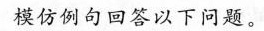
模仿例句回答以下问题.